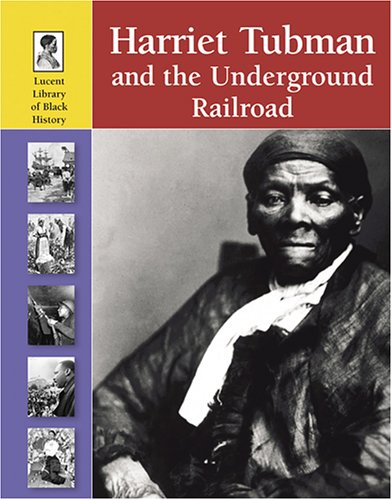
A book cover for Harriet Tubman And The Underground Railroad (Lucent Library of Black History); Louise Chipley-Slavicek; Teen & Young Adult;